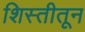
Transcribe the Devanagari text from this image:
शिस्तीतून